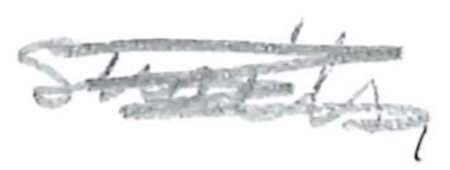
Text: snails,
Cross-out: scratch
Writing tool: pencil